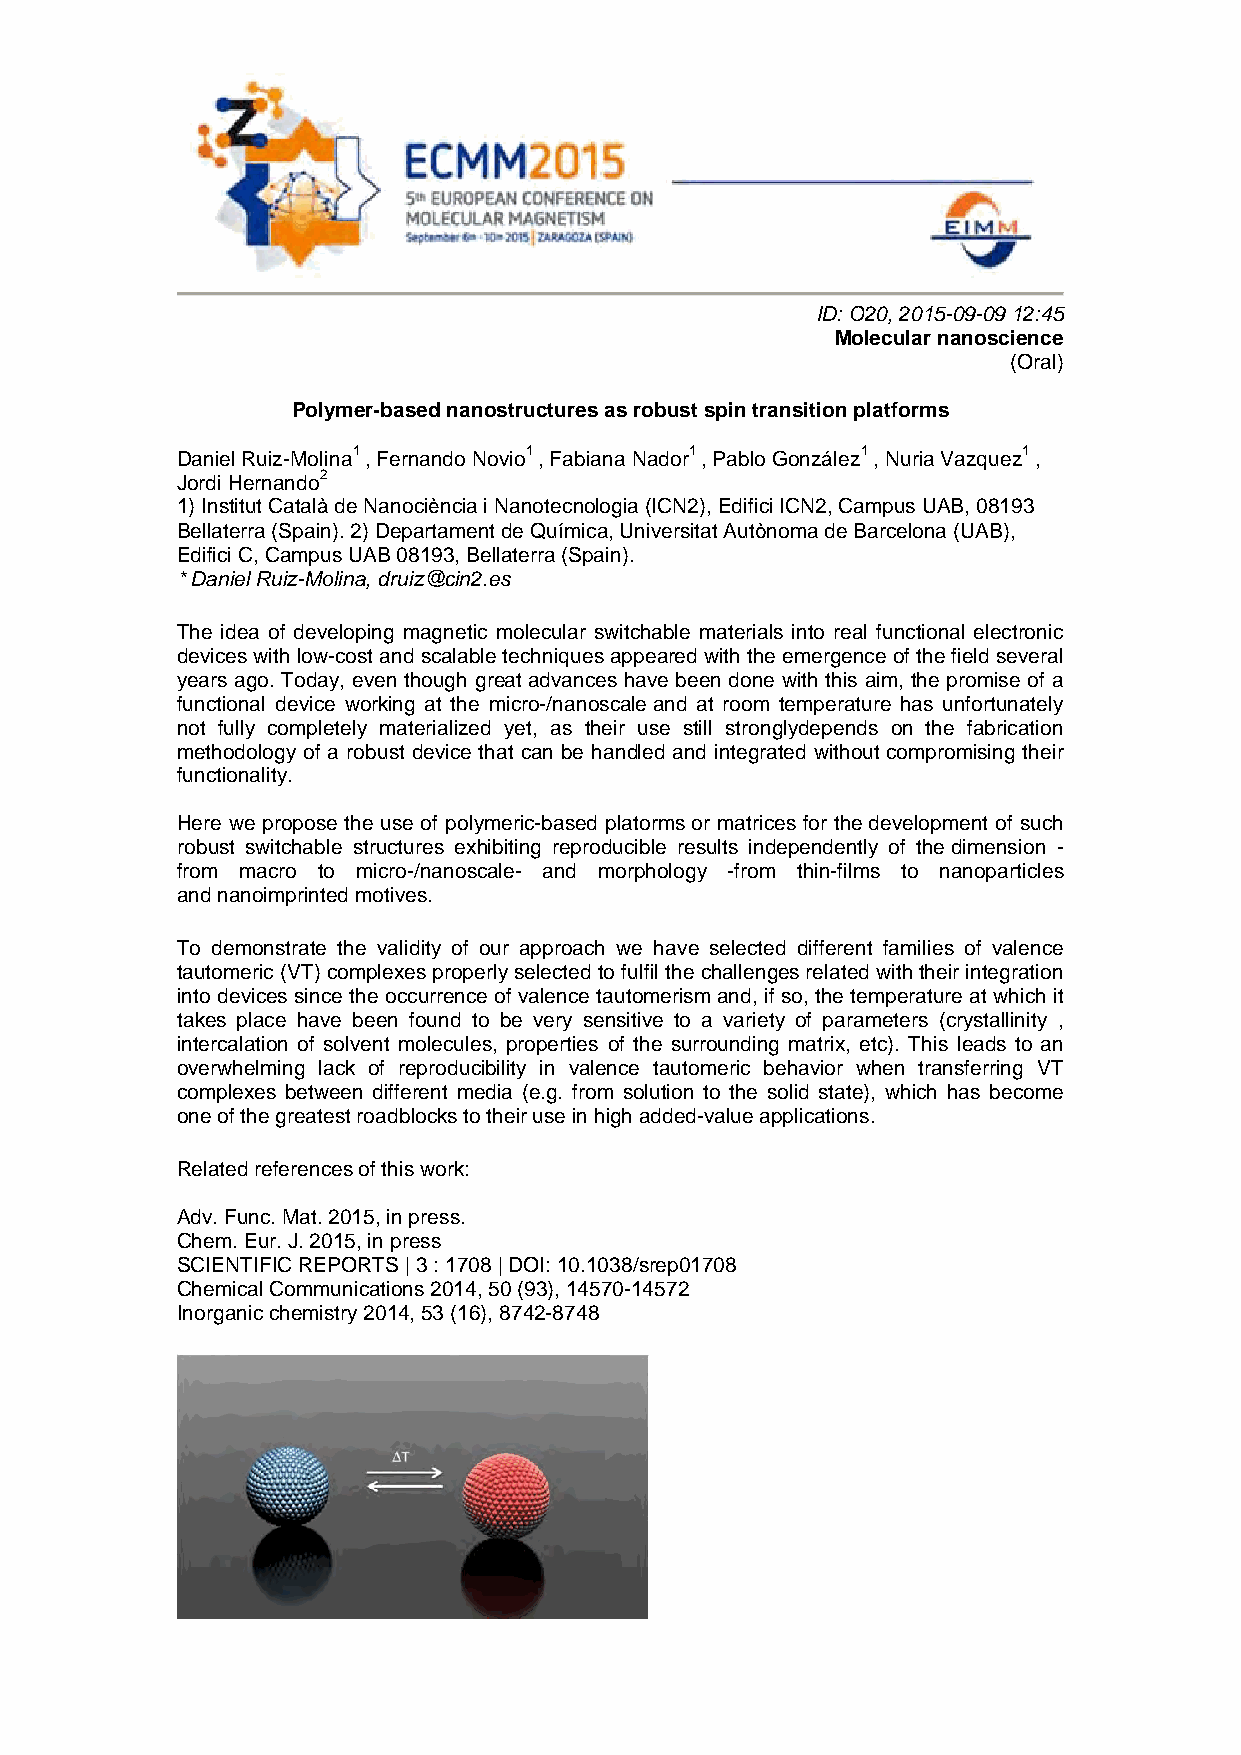
ID: O20, 2015-09-09 12:45
 Molecular nanoscience
 (Oral)
 Polymer-based nanostructures as robust spin transition platforms
 Daniel Ruiz-Molina1 , Fernando Novio1 , Fabiana Nador1 , Pablo González1 , Nuria Vazquez1 ,
 Jordi Hernando2
 1) Institut Català de Nanociència i Nanotecnologia (ICN2), Edifici ICN2, Campus UAB, 08193
 Bellaterra (Spain). 2) Departament de Química, Universitat Autònoma de Barcelona (UAB),
 Edifici C, Campus UAB 08193, Bellaterra (Spain).
 * Daniel Ruiz-Molina, druiz@cin2.es
 The idea of developing magnetic molecular switchable materials into real functional electronic
 devices with low-cost and scalable techniques appeared with the emergence of the field several
 years ago. Today, even though great advances have been done with this aim, the promise of a
 functional device working at the micro-/nanoscale and at room temperature has unfortunately
 not fully completely materialized yet, as their use still stronglydepends on the fabrication
 methodology of a robust device that can be handled and integrated without compromising their
 functionality.
 Here we propose the use of polymeric-based platorms or matrices for the development of such
 robust switchable structures exhibiting reproducible results independently of the dimension -
 from macro to micro-/nanoscale- and morphology -from thin-films to nanoparticles
 and nanoimprinted motives.
 To demonstrate the validity of our approach we have selected different families of valence
 tautomeric (VT) complexes properly selected to fulfil the challenges related with their integration
 into devices since the occurrence of valence tautomerism and, if so, the temperature at which it
 takes place have been found to be very sensitive to a variety of parameters (crystallinity ,
 intercalation of solvent molecules, properties of the surrounding matrix, etc). This leads to an
 overwhelming lack of reproducibility in valence tautomeric behavior when transferring VT
 complexes between different media (e.g. from solution to the solid state), which has become
 one of the greatest roadblocks to their use in high added-value applications.
 Related references of this work:
 Adv. Func. Mat. 2015, in press.
 Chem. Eur. J. 2015, in press
 SCIENTIFIC REPORTS | 3 : 1708 | DOI: 10.1038/srep01708
 Chemical Communications 2014, 50 (93), 14570-14572
 Inorganic chemistry 2014, 53 (16), 8742-8748